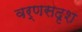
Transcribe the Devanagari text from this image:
वर्णसदृश